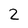
Character: 2